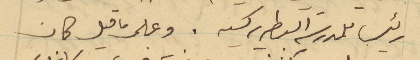
رئيس للمدرسة البطريركية. وعلى ما قيل كان